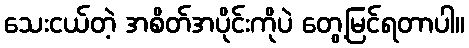
သေးငယ်တဲ့ အစိတ်အပိုင်းကိုပဲ တွေ့မြင်ရတာပါ။